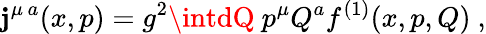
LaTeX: \mathbf{j}^{\mu\, a}(x,p)=g^{2}\intdQ\ p^{\mu}Q^{a}f^{(1)}(x,p,Q)\ ,